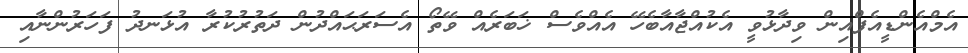
އެމްއެންޑީއެފްއިން ވިދާޅުވީ އެކުއްޖާއާބެހޭ އެއްވެސް ޚަބަރެއް ވޭތޯ އެސަރަޙައްދުން ދަތުރުކުރާ އުޅަނދު ފަހަރުންނާއި